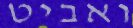
ואביט